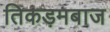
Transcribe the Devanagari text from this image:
तिकड़मबाज